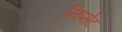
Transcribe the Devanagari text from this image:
लिप्सेट